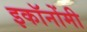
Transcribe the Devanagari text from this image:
इकॉनोंमी